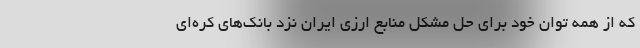
که از همه توان خود برای حل مشکل منابع ارزی ایران نزد بانک‌های کره‌ای